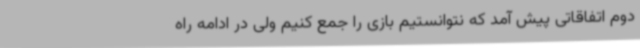
دوم اتفاقاتی پیش آمد که نتوانستیم بازی را جمع کنیم ولی در ادامه راه